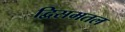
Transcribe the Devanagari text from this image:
द्विसमतल